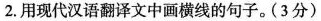
2.用现代汉语翻译文中画横线的句子。(3分)